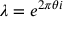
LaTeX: \lambda = e ^ { 2 \pi \theta i }